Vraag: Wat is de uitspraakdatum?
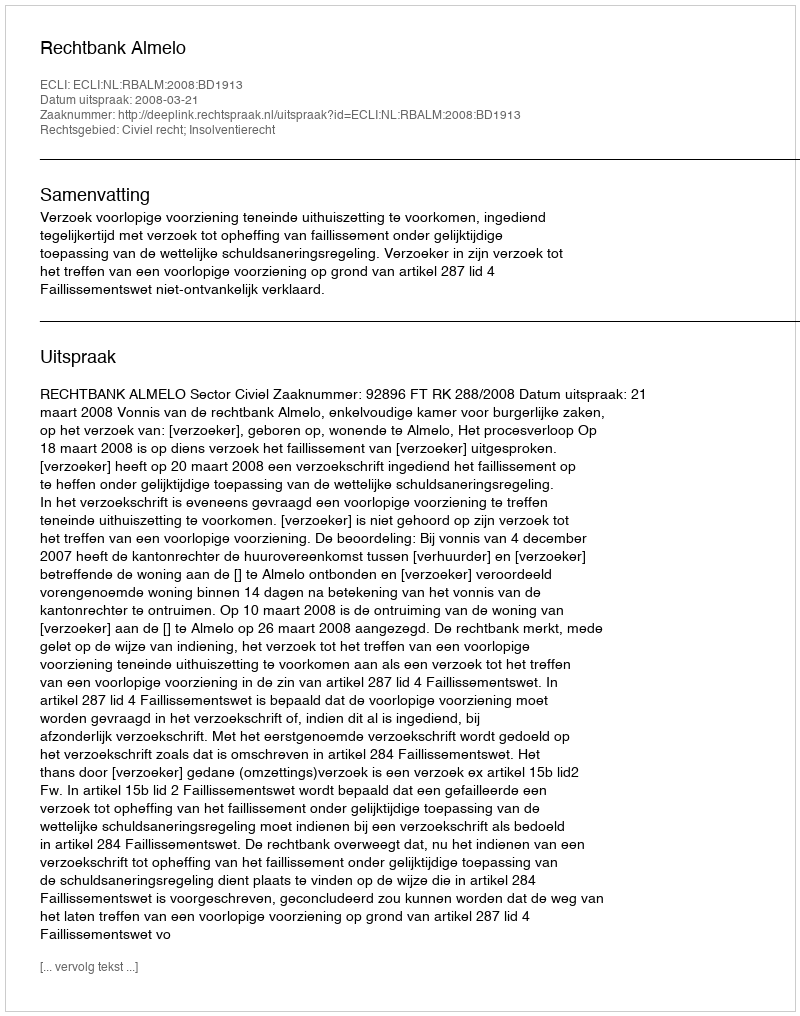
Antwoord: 2008-03-21